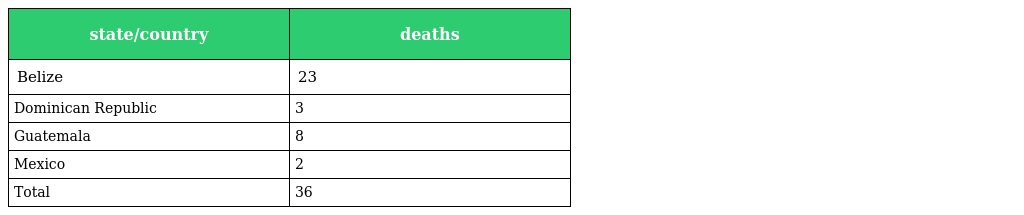
| state/country | deaths |
 | --- | --- |
 | Belize | 23 |
 | Dominican Republic | 3 |
 | Guatemala | 8 |
 | Mexico | 2 |
 | Total | 36 |